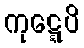
ကုဋ္ဋေပိ